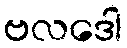
ဗလဒေါ